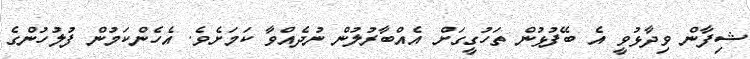
ޝިފާން ވިދާޅުވީ އެ ބޭފުޅުން ތަހުގީގަށް އެއްބާރުލުން ނުދެއްވާ ކަމަށެވެ. އެހެންކަމުން ފުލުހުންގެ